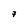
Character: 7